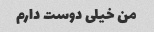
من خیلی دوست دارم